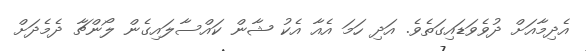
އެދިމާއަށް ދުވެވަޑައިގަތެވެ. އަދި ހަމަ އެއާ އެކު ޝާން ކައްސާލައިގެން ލޯންޗާ ދެމެދަށް